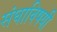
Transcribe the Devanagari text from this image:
संघाविषयी